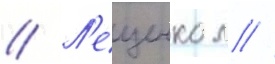
// Л'ещенко л //